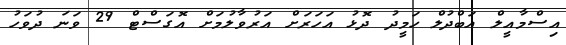
އިސްމާއީލް އަބްދުލް ހަމީދު ދޮޅު އަހަރަށް އަރުވާލުމަށް އޮގަސްޓް 29 ވަނަ ދުވަހު